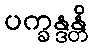
ပက္ခန္ဒန္တိ